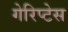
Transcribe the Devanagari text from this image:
गेरिप्टेस